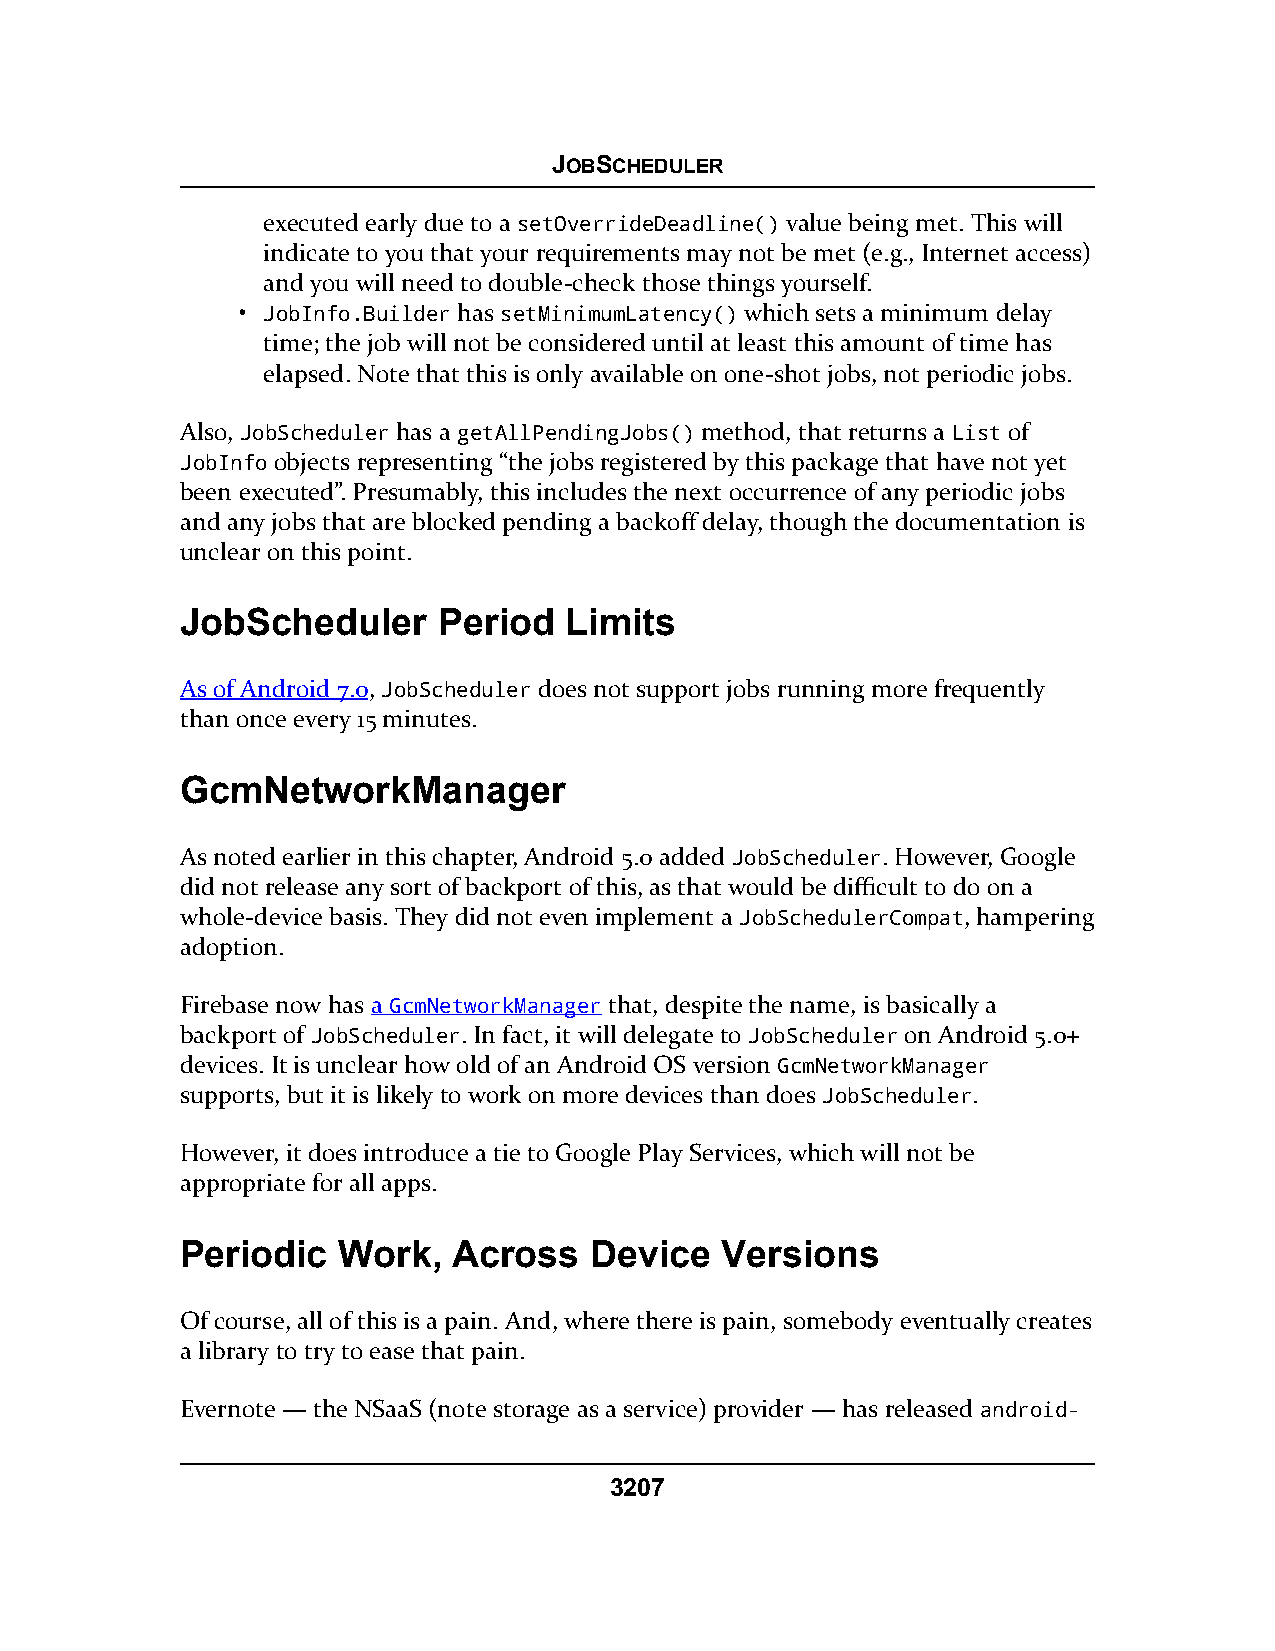
JOBSCHEDULER
 executed early due to a setOverrideDeadline() value being met. This will
 indicate to you that your requirements may not be met (e.g., Internet access)
 and you will need to double-check those things yourself.
 • JobInfo.Builder has setMinimumLatency() which sets a minimum delay
 time; the job will not be considered until at least this amount of time has
 elapsed. Note that this is only available on one-shot jobs, not periodic jobs.
 Also, JobScheduler has a getAllPendingJobs() method, that returns a List of
 JobInfo objects representing “the jobs registered by this package that have not yet
 been executed”. Presumably, this includes the next occurrence of any periodic jobs
 and any jobs that are blocked pending a backoff delay, though the documentation is
 unclear on this point.
 JobScheduler     Period  Limits
 As of Android 7.0, JobScheduler does not support jobs running more frequently
 than once every 15 minutes.
 GcmNetworkManager
 As noted earlier in this chapter, Android 5.0 added JobScheduler. However, Google
 did not release any sort of backport of this, as that would be difficult to do on a
 whole-device basis. They did not even implement a JobSchedulerCompat, hampering
 adoption.
 Firebase now has a GcmNetworkManager that, despite the name, is basically a
 backport of JobScheduler. In fact, it will delegate to JobScheduler on Android 5.0+
 devices. It is unclear how old of an Android OS version GcmNetworkManager
 supports, but it is likely to work on more devices than does JobScheduler.
 However, it does introduce a tie to Google Play Services, which will not be
 appropriate for all apps.
 Periodic  Work,   Across   Device   Versions
 Of course, all of this is a pain. And, where there is pain, somebody eventually creates
 a library to try to ease that pain.
 Evernote — the NSaaS (note storage as a service) provider — has released android-
 3207